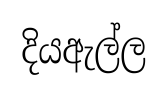
දියඇල්ල